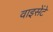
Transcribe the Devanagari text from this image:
वाइसेंटे